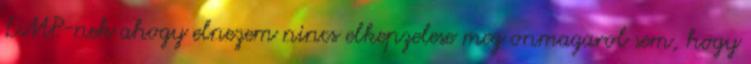
LMP-nek ahogy elnezem nincs elkepzelese meg onmagarol sem, hogy